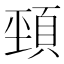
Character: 𩒤